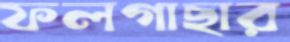
ফলগাছার